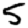
Digit: 5